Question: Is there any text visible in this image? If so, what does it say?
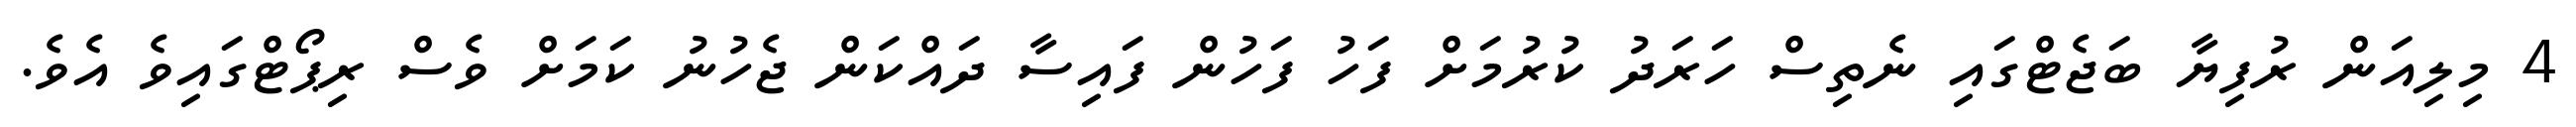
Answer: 4 މިލިއަން ރުފިޔާ ބަޖެޓްގައި ނެތިސް ހަރަދު ކުރުމަށް ފަހު ފަހުން ފައިސާ ދައްކަން ޖެހުނު ކަމަށް ވެސް ރިޕޯޓްގައިވެ އެވެ.